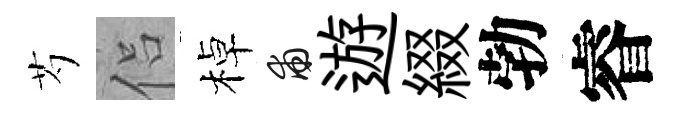
芍侣棹甫遊綴勃睿